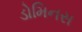
ડોમિનસ